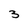
Character: 3